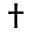
\dagger